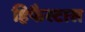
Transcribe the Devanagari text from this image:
हिफैस्टास